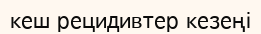
кеш рецидивтер кезеңі